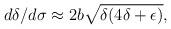
LaTeX: \begin{align*}d\delta/d\sigma\approx 2b\sqrt{\delta (4\delta+\epsilon)},\end{align*}